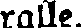
ralle.